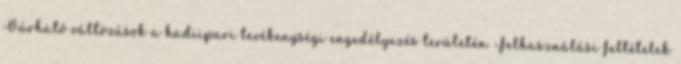
Várható változások a hadiipari tevékenységi engedélyezés területén. Felhasználási feltételek